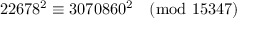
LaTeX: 2 2 6 7 8 ^ { 2 } \equiv 3 0 7 0 8 6 0 ^ { 2 } { \pmod { 1 5 3 4 7 } }